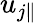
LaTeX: u_{j\parallel}